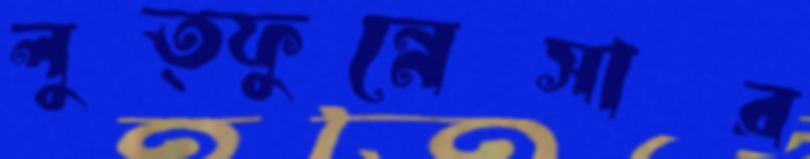
লুত্ফুন্নেসার